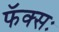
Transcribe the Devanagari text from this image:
फॅक्सः